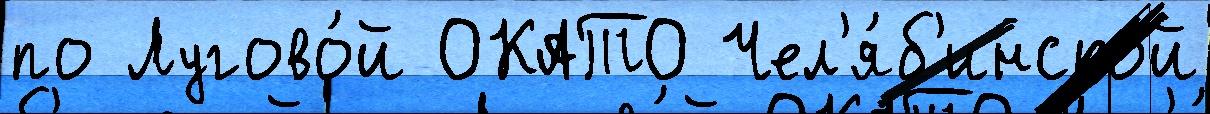
по Лугово́й ОКАТО Чел'я́б'инской